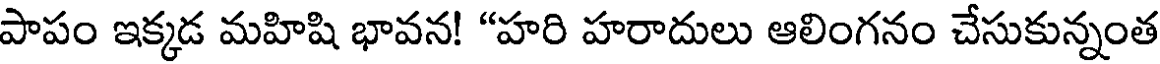
పాపం ఇక్కడ మహిషి భావన! "హరి హరాదులు ఆలింగనం చేసుకున్నంత